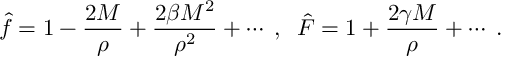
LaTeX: \hat { f } = 1 - \frac { 2 M } { \rho } + \frac { 2 \beta M ^ { 2 } } { \rho ^ { 2 } } + \cdots \; , \; \; \hat { F } = 1 + \frac { 2 \gamma M } { \rho } + \cdots \; .